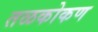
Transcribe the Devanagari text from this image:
तळकोकण